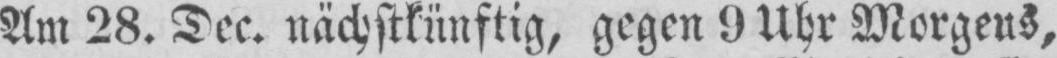
Am 28. Dec. nächstkünftig, gegen 9 Uhr Morgens,